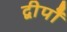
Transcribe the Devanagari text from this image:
द्वीपोँ